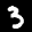
Label: 3